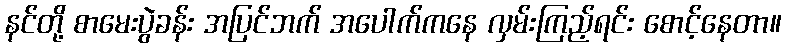
နင်တို့ စာမေးပွဲခန်း အပြင်ဘက် အပေါက်ကနေ လှမ်းကြည့်ရင်း စောင့်နေတာ။